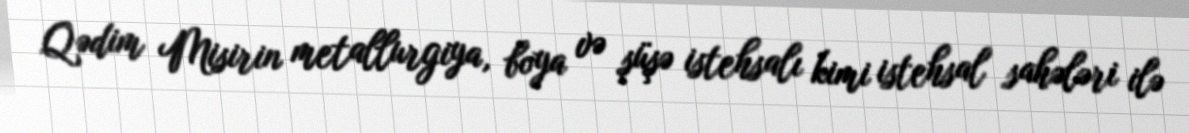
Qədim Misirin metallurgiya, boya və şüşə istehsalı kimi istehsal sahələri ilə